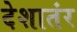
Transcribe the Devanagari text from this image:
देशातंर